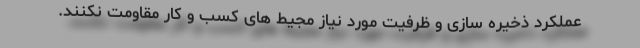
عملکرد ذخیره سازی و ظرفیت مورد نیاز مجیط های کسب و کار مقاومت نکنند.